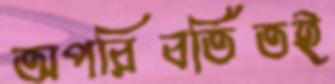
অপরিবর্তিতই